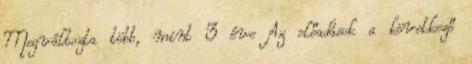
Megváltozta több, mint 3 éve Az előadások a következő